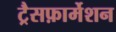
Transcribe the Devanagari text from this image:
ट्रैसफ़ार्मेशन